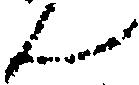
ん